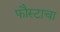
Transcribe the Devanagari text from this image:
फौस्टाचा